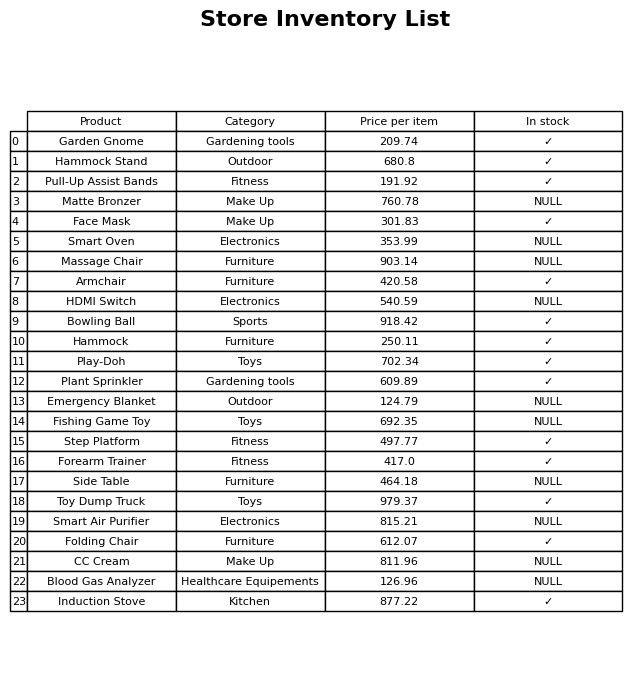
question: Is the Side Table in stock?
answer: NULL